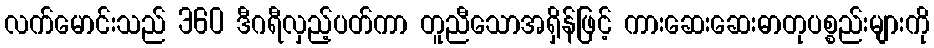
လက်မောင်းသည် 360 ဒီဂရီလှည့်ပတ်ကာ တူညီသောအရှိန်ဖြင့် ကားဆေးဆေးဓာတုပစ္စည်းများကို